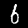
Digit: 6